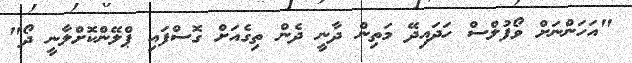
"އަހަންނަށް ވޯފުލްސް ހަދައިދޭ މަތިން ދާނީ ދެން ތިގެއަށް ގޮސްފައި ޕްލޭންކޮށްލާނީ ދޯ"